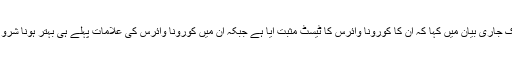
انہوں نے ایک جاری بیان میں کہا کہ ان کا کورونا وائرس کا ٹیسٹ مثبت آیا ہے جبکہ ان میں کورونا وائرس کی علامات پہلے ہی بہتر ہونا شروع ہوگئی ہیں۔